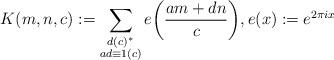
LaTeX: \begin{align*}K(m,n,c) := \sum_{\substack{d (c)^*\\ad \equiv 1 (c)}}e\biggl(\frac{am+dn}{c}\biggr),e(x):=e^{2\pi ix}\end{align*}